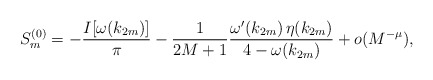
\begin{align*}S_m^{(0)}=-\frac{I[\omega(k_{2m})]}{\pi}-\frac{1}{2M+1}\frac{\omega'(k_{2m})\,\eta(k_{2m})}{4-\omega(k_{2m})}+{ o(M^{-\mu}),}\end{align*}